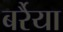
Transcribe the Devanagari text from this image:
बर्रैया